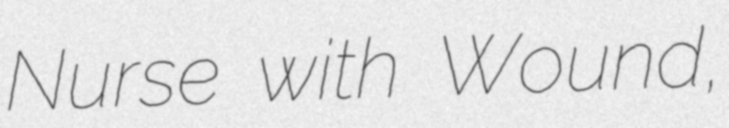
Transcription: Nurse with Wound,